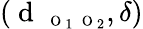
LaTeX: (\mathrm{~d~}_{\mathrm{~\scriptsize~O~}_{1}\mathrm{~\scriptsize~O~}_{2}},\delta)